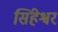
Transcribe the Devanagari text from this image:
सिंहेश्वर